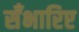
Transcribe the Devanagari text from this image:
सँभारिए